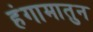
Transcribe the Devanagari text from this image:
हंगामातुन